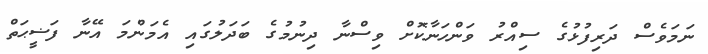
ނަމަވެސް ދަރިފުޅުގެ ސިއްރު ވަންހަނާކޮށް ވިސްނާ ދިނުމުގެ ބަދަލުގައި އެމަންމަ އޭނާ ފަޟީޙަތް